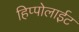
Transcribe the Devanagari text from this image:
हिप्पोलाईट